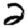
Digit: 2